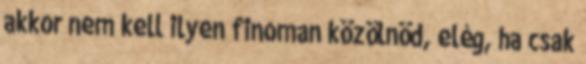
akkor nem kell ilyen finoman közölnöd, elég, ha csak